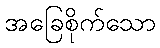
အခြေစိုက်သော